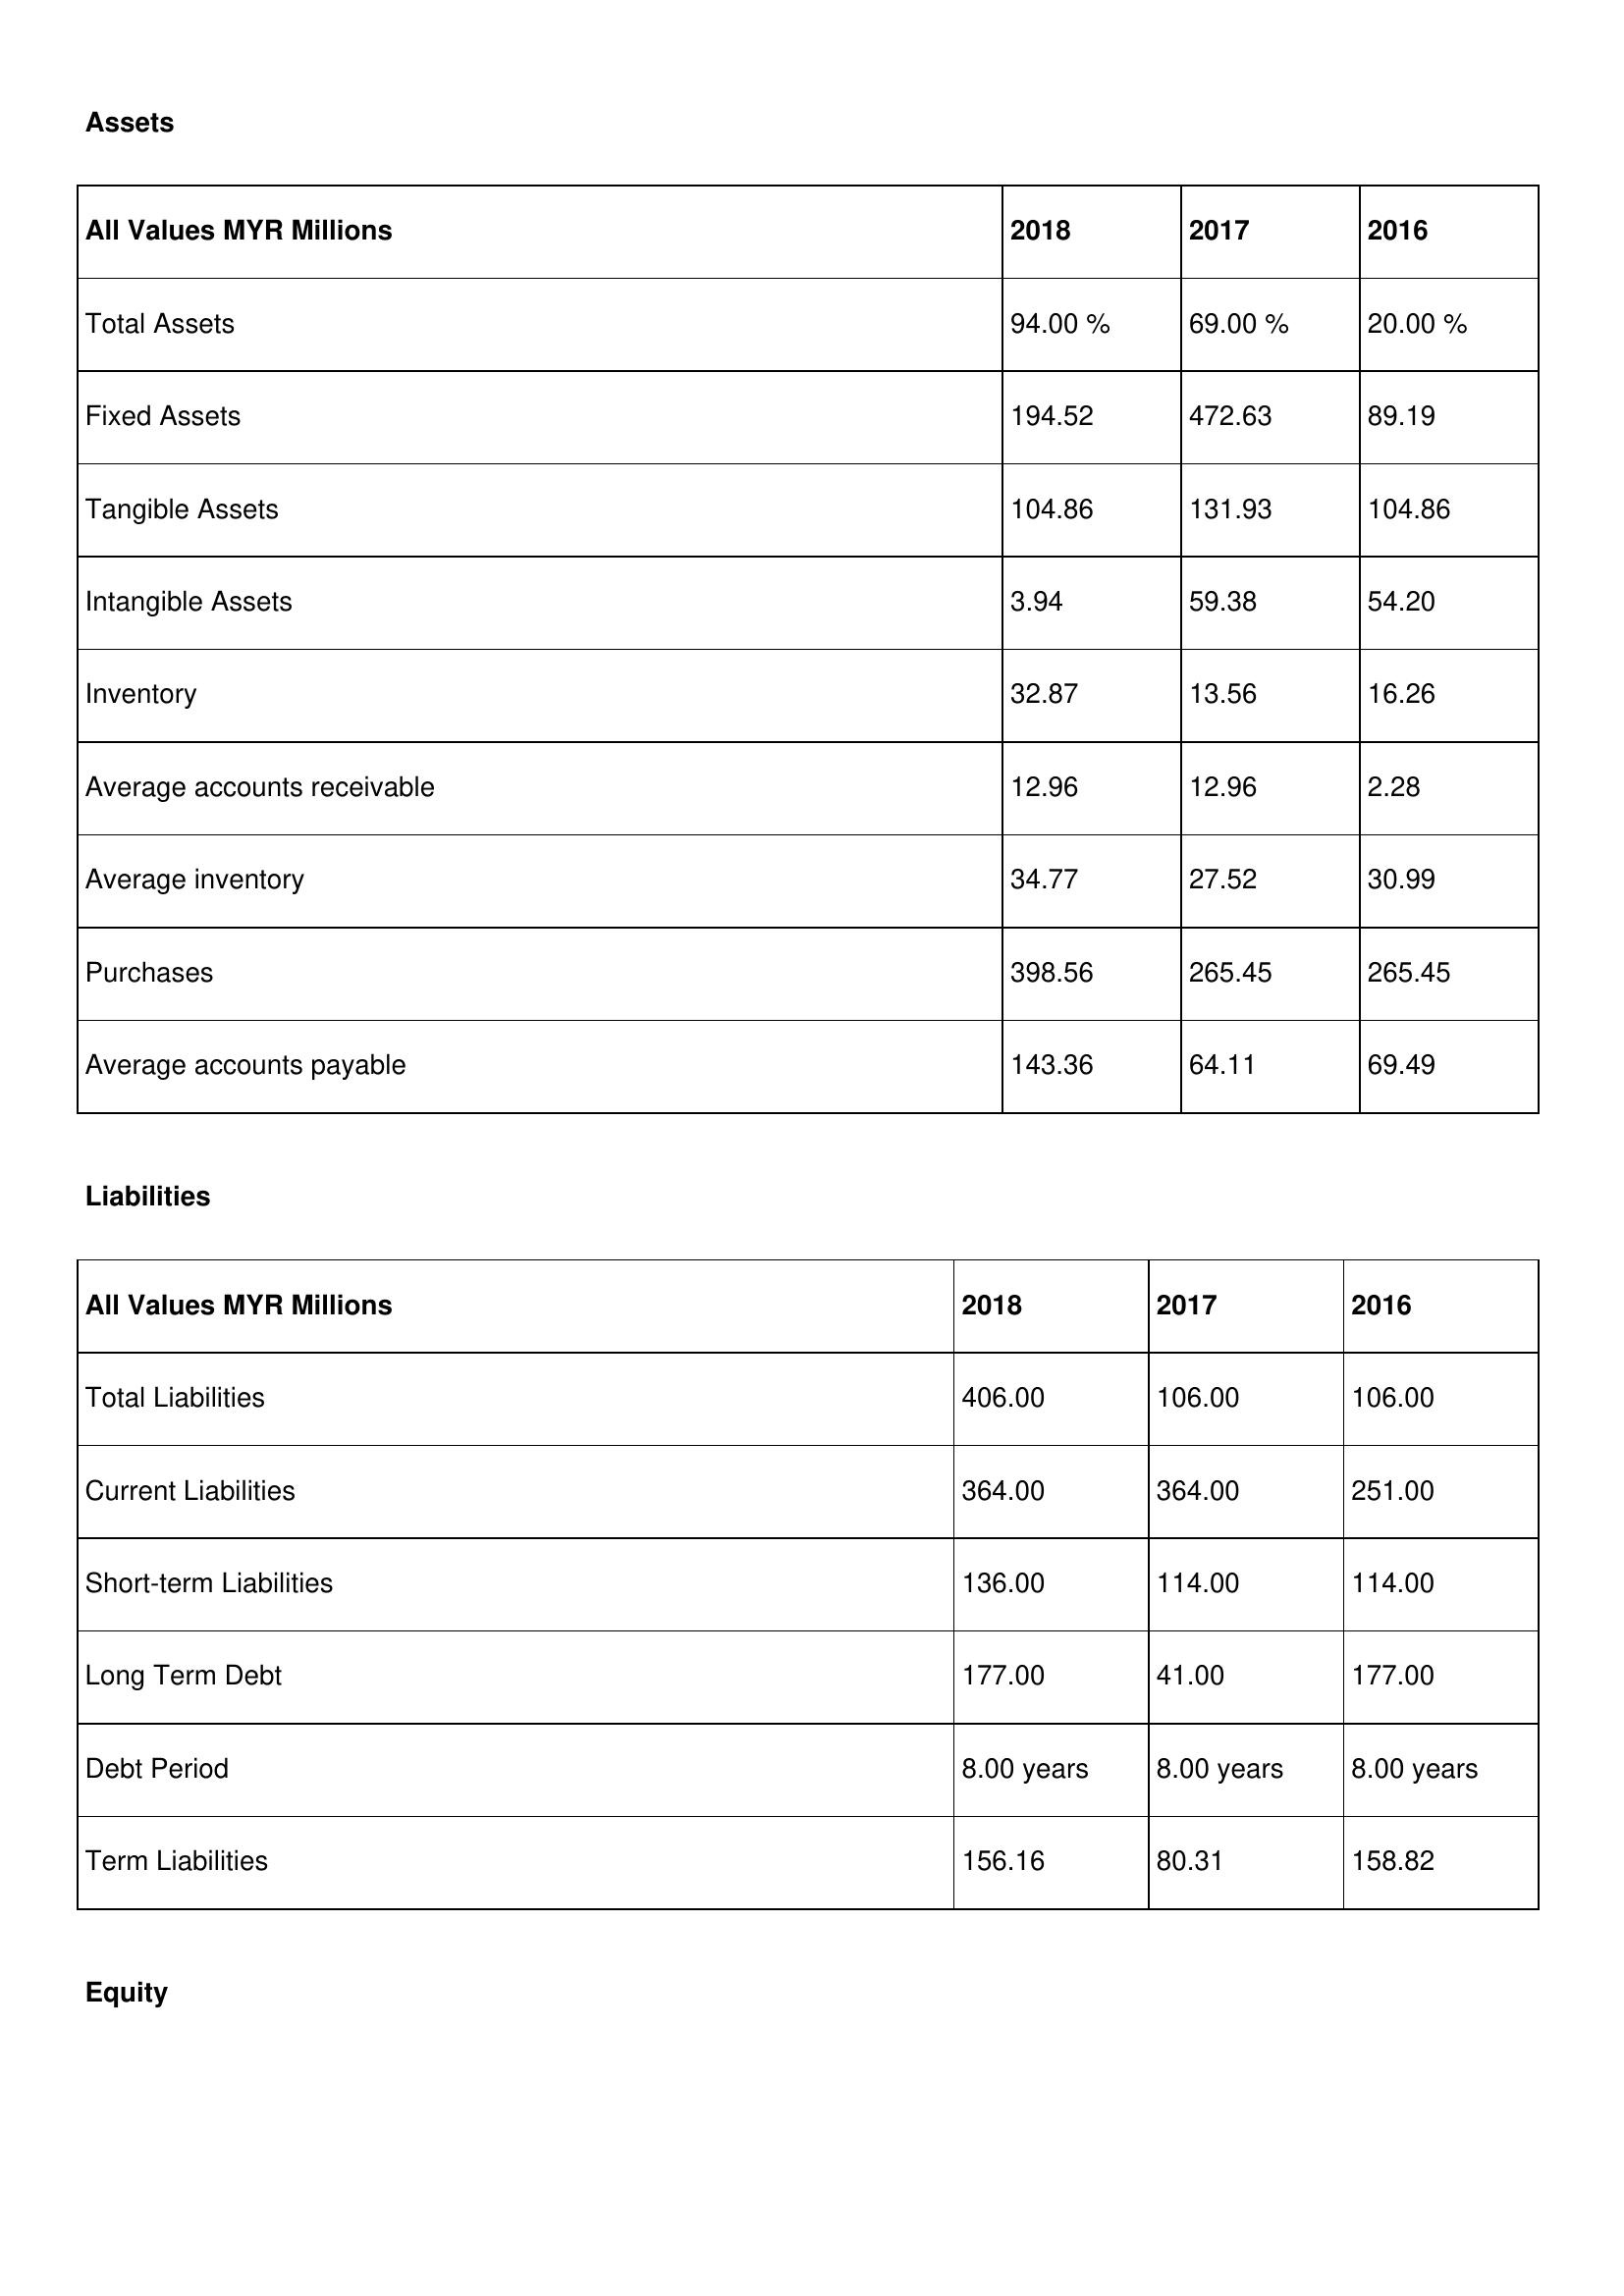
gt_parse: 2018: Assets: Total Assets: 94.00 %
Fixed Assets: 194.52
Tangible Assets: 104.86
Intangible Assets: 3.94
Inventory: 32.87
Average accounts receivable: 12.96
Average inventory: 34.77
Purchases: 398.56
Average accounts payable: 143.36
Liabilities: Total Liabilities: 406.00
Current Liabilities: 364.00
Short-term Liabilities: 136.00
Long Term Debt: 177.00
Debt Period: 8.00 years
Term Liabilities: 156.16
Equity: Common Stock: 279.30
Treasury Stock: 21.18
Other Comprehensive Income: 95.58
Total Equity: 95.00 %
Issued Capital: 19.00
Paid-up Capital: 64.76
Additional Paid-In Capital: 47.99
General Reserves: 147.12
Credit Balance: 25.60
Retained Earnings: 364.94
2017: Assets: Total Assets: 69.00 %
Fixed Assets: 472.63
Tangible Assets: 131.93
Intangible Assets: 59.38
Inventory: 13.56
Average accounts receivable: 12.96
Average inventory: 27.52
Purchases: 265.45
Average accounts payable: 64.11
Liabilities: Total Liabilities: 106.00
Current Liabilities: 364.00
Short-term Liabilities: 114.00
Long Term Debt: 41.00
Debt Period: 8.00 years
Term Liabilities: 80.31
Equity: Common Stock: 294.37
Treasury Stock: 48.27
Other Comprehensive Income: 81.53
Total Equity: 29.00 %
Issued Capital: 261.00
Paid-up Capital: 51.63
Additional Paid-In Capital: 24.43
General Reserves: 118.15
Credit Balance: 31.57
Retained Earnings: 364.94
2016: Assets: Total Assets: 20.00 %
Fixed Assets: 89.19
Tangible Assets: 104.86
Intangible Assets: 54.20
Inventory: 16.26
Average accounts receivable: 2.28
Average inventory: 30.99
Purchases: 265.45
Average accounts payable: 69.49
Liabilities: Total Liabilities: 106.00
Current Liabilities: 251.00
Short-term Liabilities: 114.00
Long Term Debt: 177.00
Debt Period: 8.00 years
Term Liabilities: 158.82
Equity: Common Stock: 279.30
Treasury Stock: 16.72
Other Comprehensive Income: 81.53
Total Equity: 92.00 %
Issued Capital: 120.00
Paid-up Capital: 94.09
Additional Paid-In Capital: 69.49
General Reserves: 157.73
Credit Balance: 3.14
Retained Earnings: 256.26